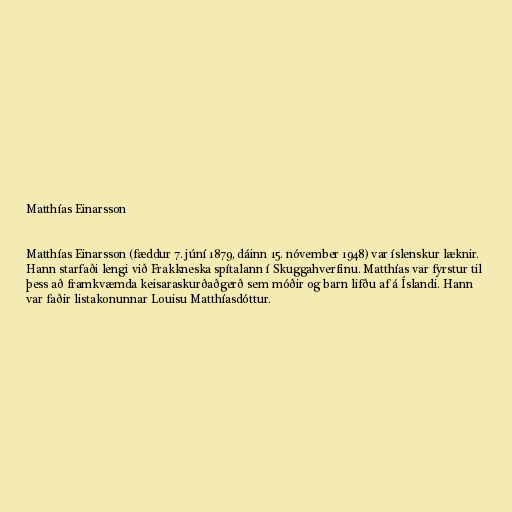
Matthías Einarsson

Matthías Einarsson (fæddur 7. júní 1879, dáinn 15. nóvember 1948) var íslenskur læknir.
Hann starfaði lengi við Frakkneska spítalann í Skuggahverfinu. Matthías var fyrstur til
þess að framkvæmda keisaraskurðaðgerð sem móðir og barn lifðu af á Íslandi. Hann
var faðir listakonunnar Louisu Matthíasdóttur.